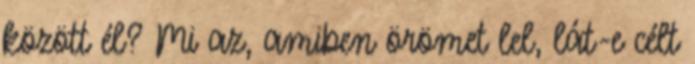
között él? Mi az, amiben örömet lel, lát-e célt